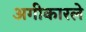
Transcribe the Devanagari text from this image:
अगीकारले